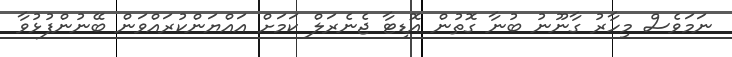
ނަމަވެސް މިހާރު ގާނޫނު ބުނާ ގޮތުން އޮޑިޓާ ޖެނެރަލް ކަމަށް އައްޔަންކުރައްވަން ބޭނުންފުޅުވާ